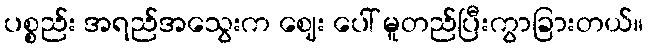
ပစ္စည်း အရည်အသွေးက ဈေး ပေါ် မူတည်ပြီးကွာခြားတယ်။